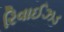
રિવાઈઝડ